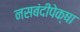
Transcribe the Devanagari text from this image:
नसबंदीपेक्षा